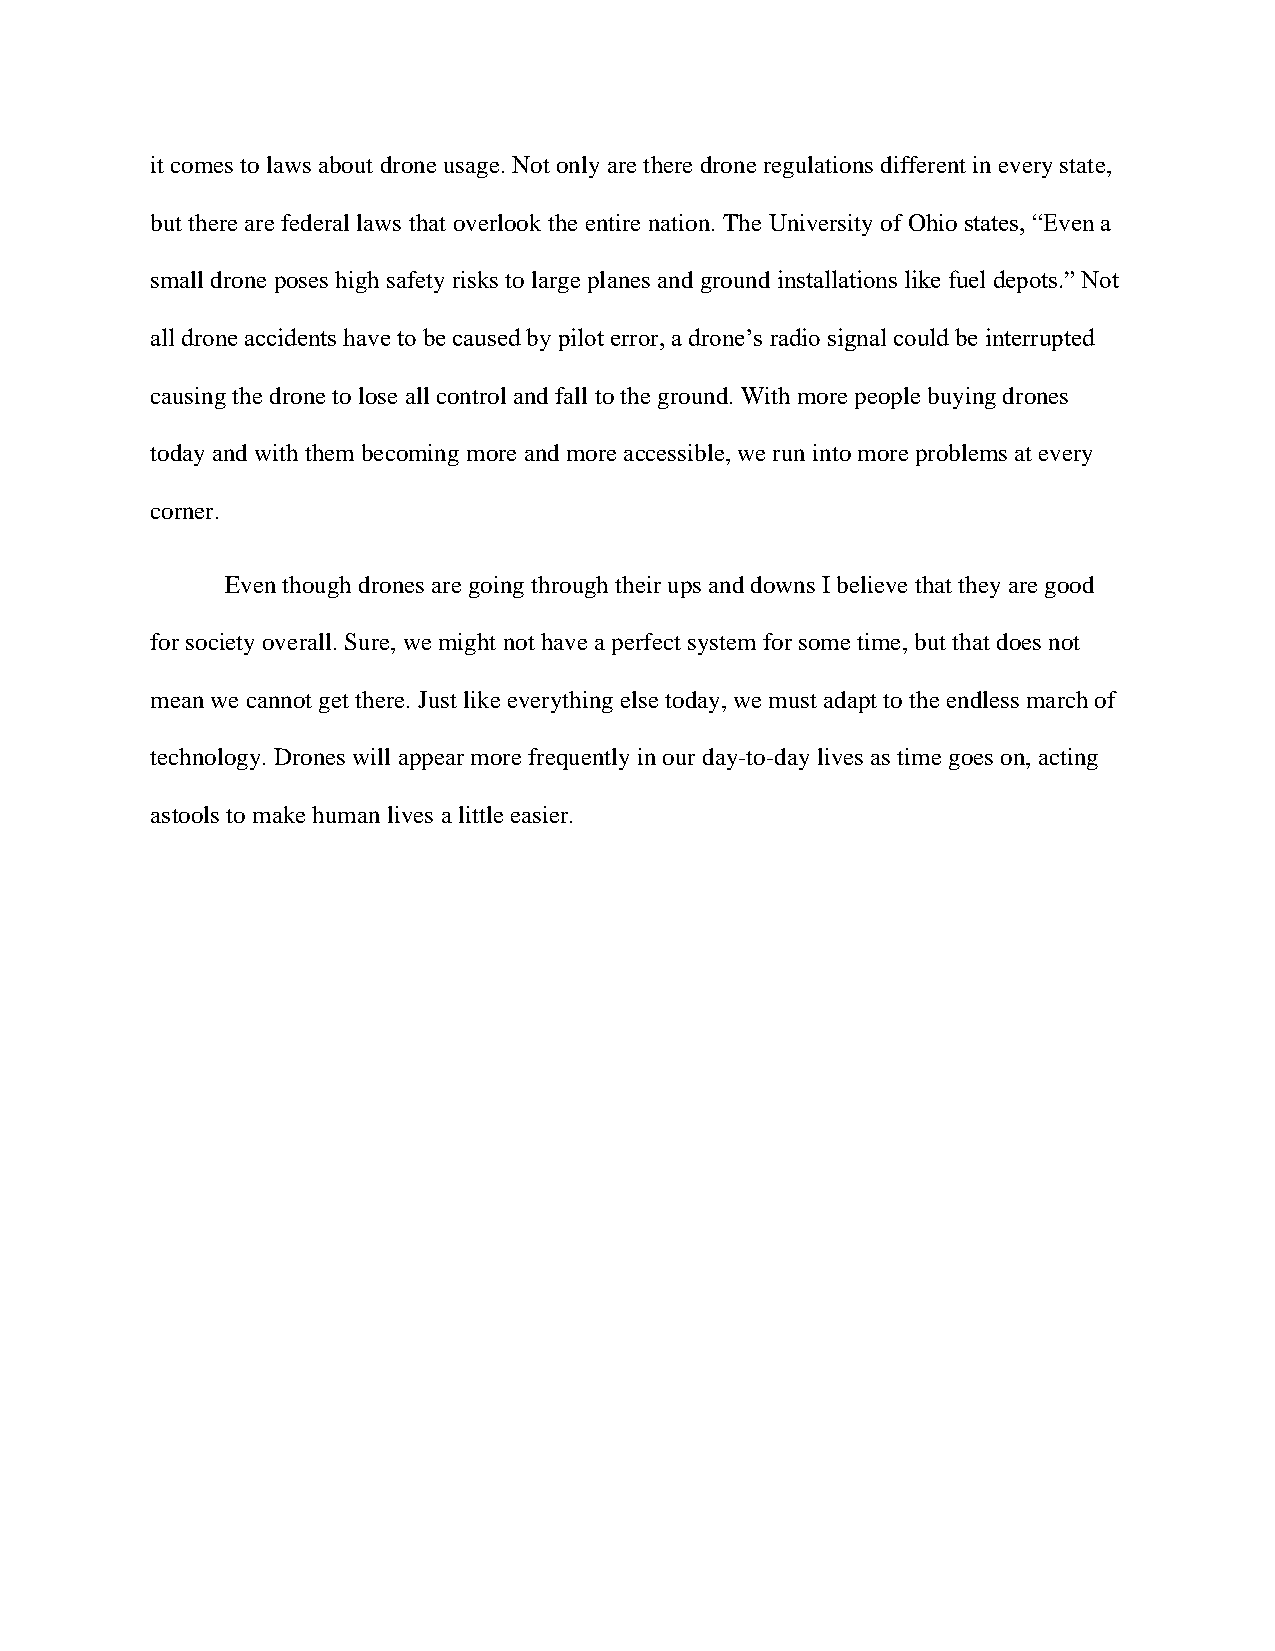
it comes to laws about drone usage. Not only are there drone regulations different in every state,
 but there are federal laws that overlook the entire nation. The University of Ohio states, “Even a
 small drone poses high safety risks to large planes and ground installations like fuel depots.” Not
 all drone accidents have to be caused by pilot error, a drone’s radio signal could be interrupted
 causing the drone to lose all control and fall to the ground. With more people buying drones
 today and with them becoming more and more accessible, we run into more problems at every
 corner.
 Even though drones are going through their ups and downs I believe that they are good
 for society overall. Sure, we might not have a perfect system for some time, but that does not
 mean we cannot get there. Just like everything else today, we must adapt to the endless march of
 technology. Drones will appear more frequently in our day-to-day lives as time goes on, acting
 as tools to make human lives a little easier.